Civil Veterinary Department Bihar & Orissa reports 1929-36 - 1929-1936
Year: 1929
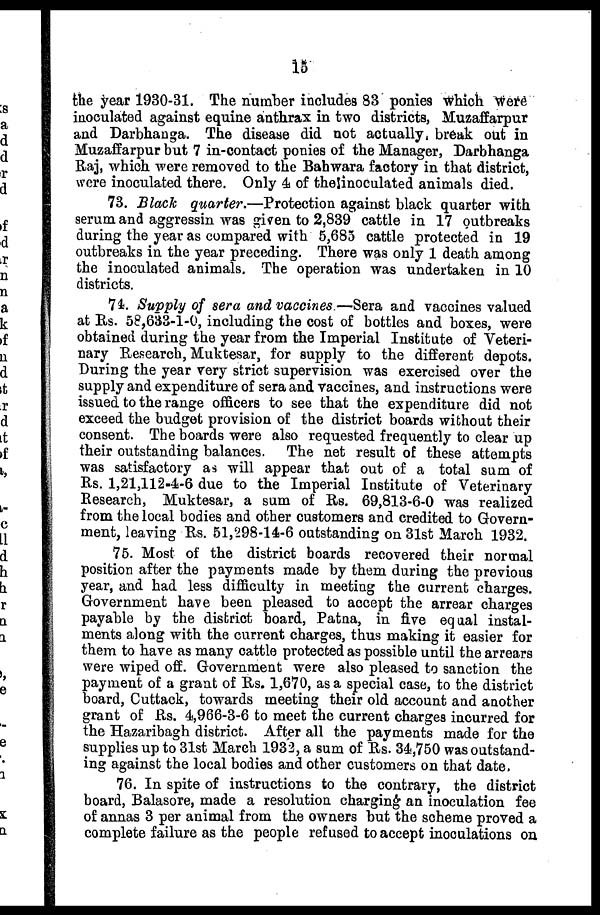
15
the year 1930-31. The number includes 83 ponies which were
inoculated against equine anthrax in two districts, Muzaffarpur
and Darbhanga. The disease did not actually, break out in
Muzaffarpur but 7 in-contact ponies of the Manager, Darbhanga
Raj, which were removed to the Bahwara factory in that district,
were inoculated there. Only 4 of the inoculated animals died.
73. Black quarter.—Protection against black quarter with
serum and aggressin was given to 2,839 cattle in 17 outbreaks
during the year as compared with 5,685 cattle protected in 19
outbreaks in the year preceding. There was only 1 death among
the inoculated animals. The operation was undertaken in 10
districts.
74. Supply of sera and vaccines.—Sera and vaccines valued
at Rs. 58,633-1-0, including the cost of bottles and boxes, were
obtained during the year from the Imperial Institute of Veteri-
nary Research, Muktesar, for supply to the different depots.
During the year very strict supervision was exercised over the
supply and expenditure of sera and vaccines, and instructions were
issued to the range officers to see that the expenditure did not
exceed the budget provision of the district boards without their
consent. The boards were also requested frequently to clear up
their outstanding balances. The net result of these attempts
was satisfactory as will appear that out of a total sum of
Rs. 1,21,112-4-6 due to the Imperial Institute of Veterinary
Research, Muktesar, a sum of Rs. 69,813-6-0 was realized
from the local bodies and other customers and credited to Govern-
ment, leaving Rs. 51,298-14-6 outstanding on 31st March 1932.
75. Most of the district boards recovered their normal
position after the payments made by them during the previous
year, and had less difficulty in meeting the current charges.
Government have been pleased to accept the arrear charges
payable by the district board, Patna, in five equal instal-
ments along with the current charges, thus making it easier for
them to have as many cattle protected as possible until the arrears
were wiped off. Government were also pleased to sanction the
payment of a grant of Rs. 1,670, as a special case, to the district
board, Cuttack, towards meeting their old account and another
grant of Rs. 4,966-3-6 to meet the current charges incurred for
the Hazaribagh district. After all the payments made for the
supplies up to 31st March 1932, a sum of Rs. 34,750 was outstand-
ing against the local bodies and other customers on that date.
76. In spite of instructions to the contrary, the district
board, Balasore, made a resolution charging an inoculation fee
of annas 3 per animal from the owners hut the scheme proved a
complete failure as the people refused to accept inoculations on